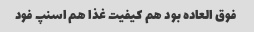
فوق العاده بود هم کیفیت غذا هم اسنپ فود